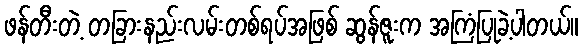
ဖန်တီးတဲ့ တခြားနည်းလမ်းတစ်ရပ်အဖြစ် ဆွန်ဇူးက အကြံပြုခဲ့ပါတယ်။